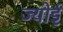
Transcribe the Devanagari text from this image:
ज्योई